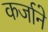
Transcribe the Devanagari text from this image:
कर्जाने